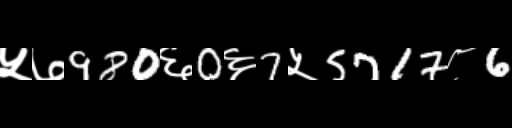
Text: ५७980६0६7५5717८6